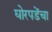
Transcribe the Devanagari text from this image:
घोरपडेंचा